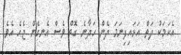
އެކަމަކު ދަތް އަޅައިފިނަމަ ދެން ހަދާނެ ގޮތް ވެސް އެނގެން ޖެހެ އެވެ.